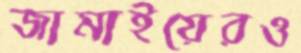
জামাইয়েরও